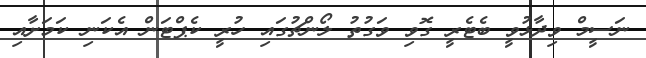
ނަސީމް ވިދާޅުވީ ބެޓެރީ ގޮވި ވަގުތު ލޯންޗުގައި ހުރީ ކެޕްޓަން އެކަނި ކަމަށާއި